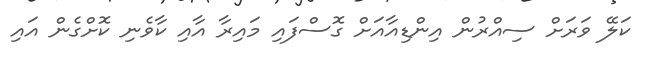
ކަލޭ ވަރަށް ސިއްރުން އިންޑިއާއަށް ގޮސްފައި މައިރާ އާއި ކާވެނި ކޮށްގެން އައި